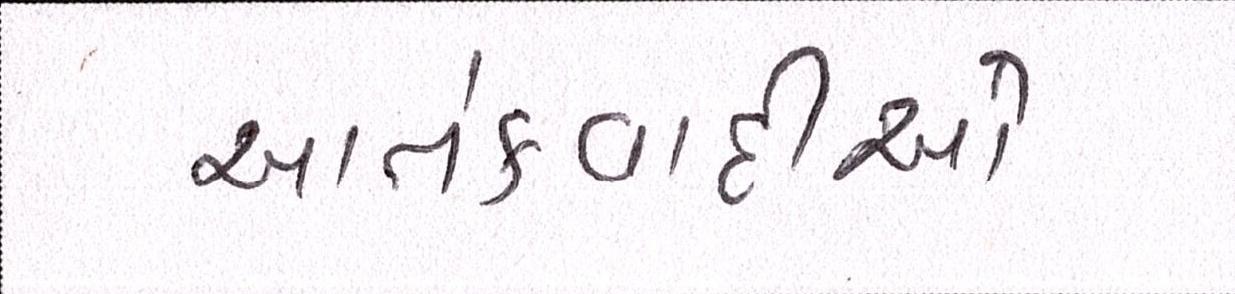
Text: આતંકવાદીઓ